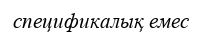
спецификалық емес